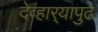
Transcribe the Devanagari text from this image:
देव्हार्‍यापुढे